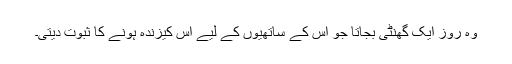
وہ روز ایک گھنٹی بجاتا جو اس کے ساتھیوں کے لیے اس کیزندہ ہونے کا ثبوت دیتی۔